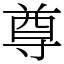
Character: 尊